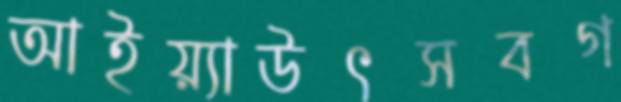
আইয়্যাউৎসবগ